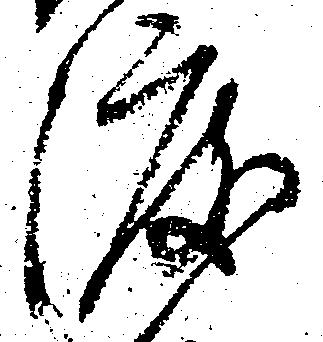
渡